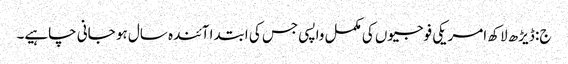
ج: ڈیڑھ لاکھ امریکی فوجیوں کی مکمل واپسی جس کی ابتدا آئندہ سال ہو جانی چاہیے۔